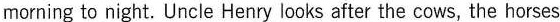
morning to night. Uncle Henry looks after the cows,the horses